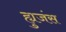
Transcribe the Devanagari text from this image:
ह्युजंस